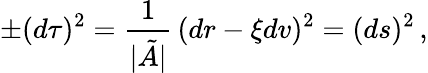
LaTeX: \pm(d\tau)^{2}=\frac{1}{\vert\tilde{A}\vert}\, (dr-\xi dv)^{2}=(ds)^{2}\, ,